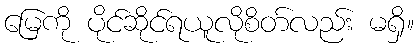
မြေကို ပိုင်ဆိုင်ရယူလိုစိတ်လည်း မရှိ။